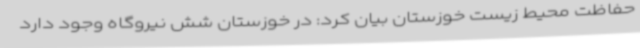
حفاظت محیط زیست خوزستان بیان کرد: در خوزستان شش نیروگاه وجود دارد